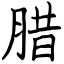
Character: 腊